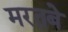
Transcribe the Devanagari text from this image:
मरतबे